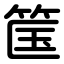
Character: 筺